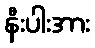
နီးပါးအား